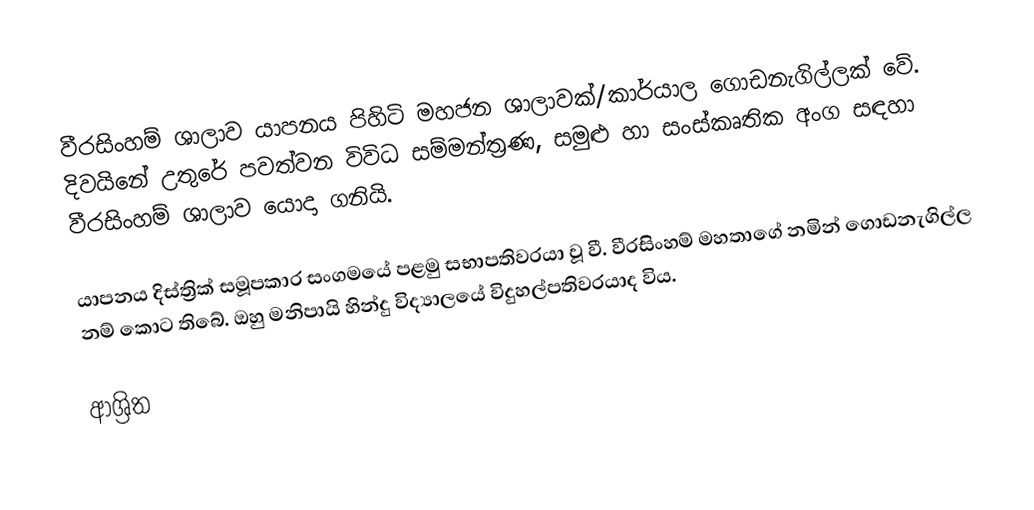
වීරසිංහම් ශාලාව යාපනය පිහිටි මහජන ශාලාවක්/කාර්යාල ගොඩනැගිල්ලක් වේ. දිවයිනේ උතුරේ පවත්වන විවිධ සම්මන්ත්‍රණ, සමුළු හා සංස්කෘතික අංග සඳහා වීරසිංහම් ශාලාව යොදා ගනියි.

යාපනය දිස්ත්‍රික් සමූපකාර සංගමයේ පළමු සභාපතිවරයා වූ වී. වීරසිංහම් මහතාගේ නමින් ගොඩනැගිල්ල නම් කොට තිබේ. ඔහු මනිපායි හින්දු විද්‍යාලයේ විදුහල්පතිවරයාද විය.

ආශ්‍රිත